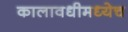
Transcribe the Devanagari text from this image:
कालावधीमध्येच